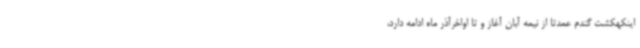
اینکهکشت گندم عمدتا از نیمه آبان آغاز و تا اواخرآذر ماه ادامه دارد،